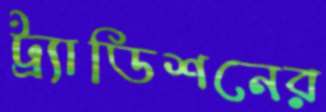
ট্র্যাডিশনের